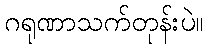
ဂရုဏာသက်တုန်းပဲ။